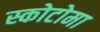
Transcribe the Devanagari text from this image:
स्कोटोमा